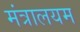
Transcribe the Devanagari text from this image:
मंत्रालयम